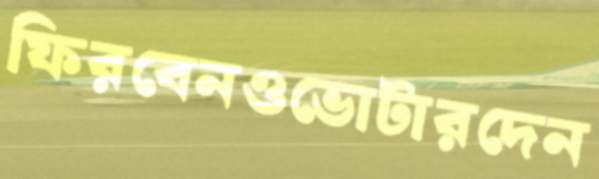
ফিরবেনওভোটারদেন